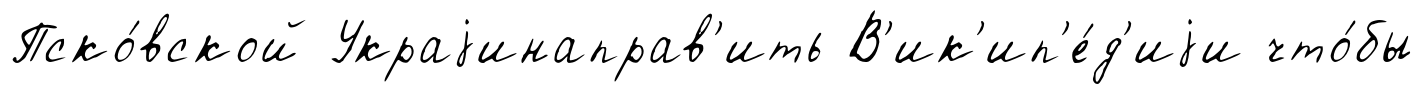
Пско́вской Украjинаправ'ить В'ик'ип'е́д'иjи что́бы